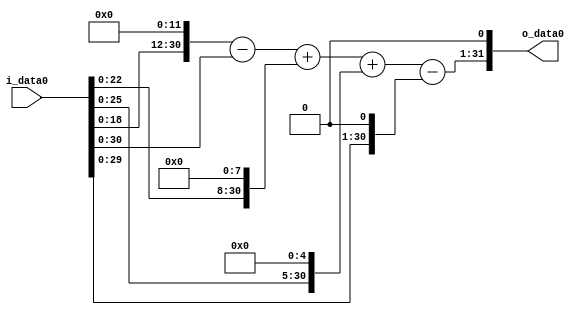
module multiplier_block_88 (
    i_data0,
    o_data0
);
  input   [31:0] i_data0;
  output  [31:0]
    o_data0;
  wire [31:0]
    w1,
    w4096,
    w4095,
    w256,
    w4351,
    w32,
    w4383,
    w2,
    w4381,
    w8762;
  assign w1 = i_data0;
  assign w2 = w1 << 1;
  assign w256 = w1 << 8;
  assign w32 = w1 << 5;
  assign w4095 = w4096 - w1;
  assign w4096 = w1 << 12;
  assign w4351 = w4095 + w256;
  assign w4381 = w4383 - w2;
  assign w4383 = w4351 + w32;
  assign w8762 = w4381 << 1;
  assign o_data0 = w8762;
endmodule